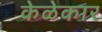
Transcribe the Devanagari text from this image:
केळेकार